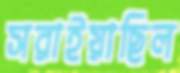
সরাইয়াছিল